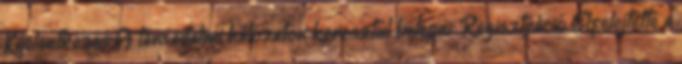
Kijelentkezés A társadalmi hálózaton keresztül belépni: Regisztráció Elfelejtette a